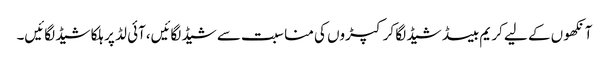
آنکھو ں کے لیے کر یم بیسڈ شیڈ لگا کر کپڑوں کی منا سبت سے شیڈ لگائیں،آئی لڈ پر ہلکا شیڈ لگائیں۔